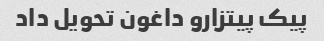
پیک پیتزارو داغون تحویل داد